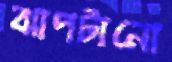
ঝাপটানো